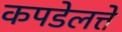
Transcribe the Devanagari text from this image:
कपडेलत्ते